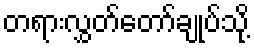
တရားလွှတ်တော်ချုပ်သို့